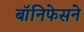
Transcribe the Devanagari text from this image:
बॉनिफेसने